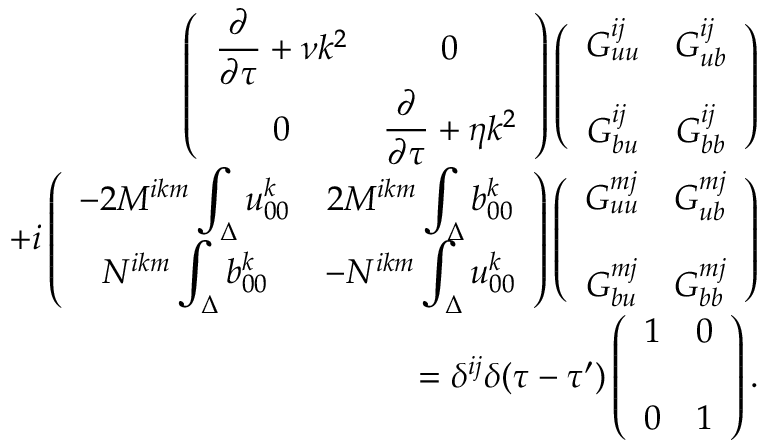
\begin{array} { r l r } & { } & { { \everymath { \displaystyle } \left( { \begin{array} { c c } { \frac { \partial } { \partial \tau } + \nu k ^ { 2 } } & { 0 } \\ { 0 } & { \frac { \partial } { \partial \tau } + \eta k ^ { 2 } } \end{array} } \right) } \left( { \begin{array} { c c } { G _ { u u } ^ { i j } } & { G _ { u b } ^ { i j } } \\ { G _ { b u } ^ { i j } } & { G _ { b b } ^ { i j } \rule { 0 ex } { 5 ex } } \end{array} } \right) } \\ & { } & { { \everymath { \displaystyle } + i \left( { \begin{array} { c c } { - 2 M ^ { i k m } \int _ { \Delta } u _ { 0 0 } ^ { k } } & { 2 M ^ { i k m } \int _ { \Delta } b _ { 0 0 } ^ { k } } \\ { N ^ { i k m } \int _ { \Delta } b _ { 0 0 } ^ { k } } & { - N ^ { i k m } \int _ { \Delta } u _ { 0 0 } ^ { k } } \end{array} } \right) \left( { \begin{array} { c c } { G _ { u u } ^ { m j } } & { G _ { u b } ^ { m j } } \\ { G _ { b u } ^ { m j } } & { G _ { b b } ^ { m j } \rule { 0 ex } { 5 ex } } \end{array} } \right) } } \\ & { } & { = \delta ^ { i j } \delta ( \tau - \tau ^ { \prime } ) \left( { \begin{array} { c c } { 1 } & { 0 } \\ { 0 } & { 1 \rule { 0 ex } { 5 ex } } \end{array} } \right) . } \end{array}